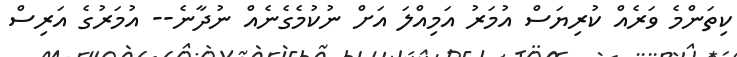
ކިތަންމެ ވަރެއް ކުރިޔަސް އުމަރު އަމިއްލަ އަށް ނުކުމެގެނެއް ނުދާނެ-- އުމަރުގެ އަރިސް